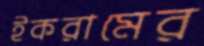
ইকরামের